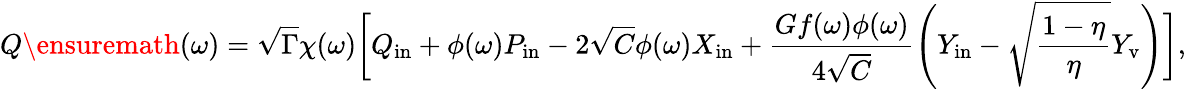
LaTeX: Q\ensuremath{\left(\omega\right)}=\sqrt{\Gamma}\chi(\omega)\bigg[Q_{\mathrm{in}}+\phi(\omega)P_{\mathrm{in}}-2\sqrt{C}\phi(\omega)X_{\mathrm{in}}+\frac{Gf(\omega)\phi(\omega)}{4\sqrt{C}}\left(Y_{\mathrm{in}}-\sqrt{\frac{1-\eta}{\eta}}Y_{\mathrm{v}}\right)\bigg],